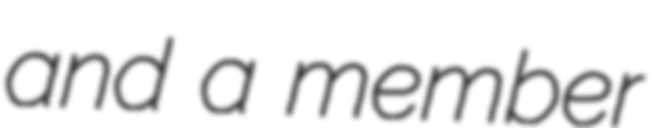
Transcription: and a member